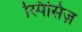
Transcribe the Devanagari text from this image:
स्पिसिज़